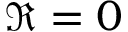
\Re = 0